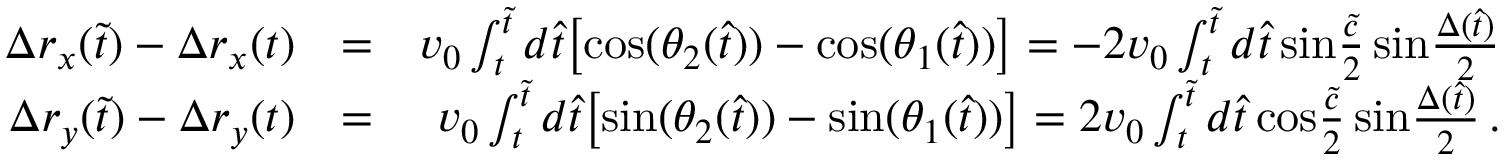
\begin{array} { r l r } { \Delta r _ { x } ( \tilde { t } ) - \Delta r _ { x } ( t ) } & { = } & { v _ { 0 } \int _ { t } ^ { \tilde { t } } d \hat { t } \big [ \mathrm { c o s } ( \theta _ { 2 } ( \hat { t } ) ) - \mathrm { c o s } ( \theta _ { 1 } ( \hat { t } ) ) \big ] = - 2 v _ { 0 } \int _ { t } ^ { \tilde { t } } d \hat { t } \, \mathrm { s i n } { \frac { \tilde { c } } { 2 } } \, \mathrm { s i n } { \frac { \Delta ( \hat { t } ) } { 2 } } } \\ { \Delta r _ { y } ( \tilde { t } ) - \Delta r _ { y } ( t ) } & { = } & { v _ { 0 } \int _ { t } ^ { \tilde { t } } d \hat { t } \big [ \mathrm { s i n } ( \theta _ { 2 } ( \hat { t } ) ) - \mathrm { s i n } ( \theta _ { 1 } ( \hat { t } ) ) \big ] = 2 v _ { 0 } \int _ { t } ^ { \tilde { t } } d \hat { t } \, \mathrm { c o s } { \frac { \tilde { c } } { 2 } } \, \mathrm { s i n } { \frac { \Delta ( \hat { t } ) } { 2 } } \, . } \end{array}